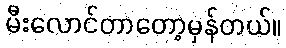
မီးလောင်တာတော့မှန်တယ်။